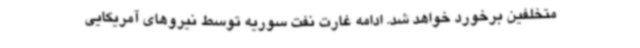
متخلفین برخورد خواهد شد. ادامه غارت نفت سوریه توسط نیروهای آمریکایی